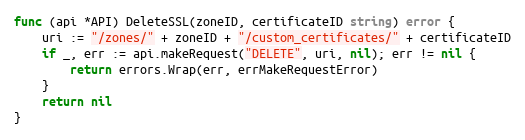
Language: Go
func (api *API) DeleteSSL(zoneID, certificateID string) error {
	uri := "/zones/" + zoneID + "/custom_certificates/" + certificateID
	if _, err := api.makeRequest("DELETE", uri, nil); err != nil {
		return errors.Wrap(err, errMakeRequestError)
	}
	return nil
}